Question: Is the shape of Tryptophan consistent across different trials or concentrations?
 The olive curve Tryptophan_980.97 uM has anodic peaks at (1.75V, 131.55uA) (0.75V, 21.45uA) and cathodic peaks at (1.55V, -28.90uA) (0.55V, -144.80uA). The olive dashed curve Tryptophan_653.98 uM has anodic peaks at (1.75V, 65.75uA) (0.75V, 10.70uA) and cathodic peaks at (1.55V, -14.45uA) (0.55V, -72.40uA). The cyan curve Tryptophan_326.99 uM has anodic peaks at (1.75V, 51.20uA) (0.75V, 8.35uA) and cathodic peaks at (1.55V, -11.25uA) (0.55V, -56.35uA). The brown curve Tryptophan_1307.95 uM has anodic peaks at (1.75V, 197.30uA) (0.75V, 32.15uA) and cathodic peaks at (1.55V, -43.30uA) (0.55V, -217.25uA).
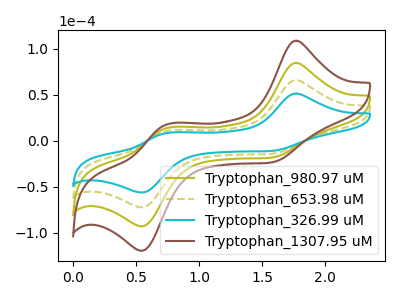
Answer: <think>All the peaks in "Tryptophan_980.97 uM" have a peak in "Tryptophan_653.98 uM" at the same potential. Every peak in "Tryptophan_980.97 uM" is higher than every peak in "Tryptophan_653.98 uM". All the peaks in "Tryptophan_980.97 uM" have a peak in "Tryptophan_326.99 uM" at the same potential. Every peak in "Tryptophan_980.97 uM" is higher than every peak in "Tryptophan_326.99 uM". All the peaks in "Tryptophan_980.97 uM" have a peak in "Tryptophan_1307.95 uM" at the same potential. Every peak in "Tryptophan_980.97 uM" is lower than every peak in "Tryptophan_1307.95 uM". All the peaks in "Tryptophan_653.98 uM" have a peak in "Tryptophan_326.99 uM" at the same potential. Every peak in "Tryptophan_653.98 uM" is higher than every peak in "Tryptophan_326.99 uM". All the peaks in "Tryptophan_653.98 uM" have a peak in "Tryptophan_1307.95 uM" at the same potential. Every peak in "Tryptophan_653.98 uM" is lower than every peak in "Tryptophan_1307.95 uM". All the peaks in "Tryptophan_326.99 uM" have a peak in "Tryptophan_1307.95 uM" at the same potential. Every peak in "Tryptophan_326.99 uM" is lower than every peak in "Tryptophan_1307.95 uM".
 </think>
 <answer>All the CV's of "Tryptophan" have similar shape.</answer>
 <eval>follow_rule</eval>